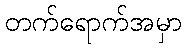
တက်ရောက်အမှာ